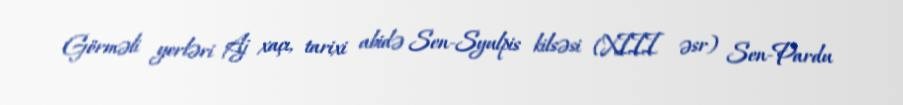
Görməli yerləri Aj xaçı, tarixi abidə Sen-Syulpis kilsəsi (XIII əsr) Sen-Pardu